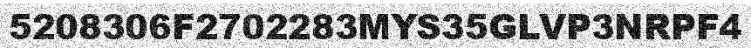
5208306F2702283MYS35GLVP3NRPF4